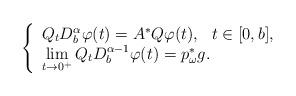
LaTeX: \begin{align*}\left\{\begin{array}{l}Q{}_tD^{\alpha}_b\varphi(t)=A^*Q\varphi(t), ~~ t\in [0,b],\\ \lim\limits_{t\to 0^+} Q{}_tD^{\alpha-1}_b\varphi(t)=p_\omega^*g.\end{array}\right.\end{align*}